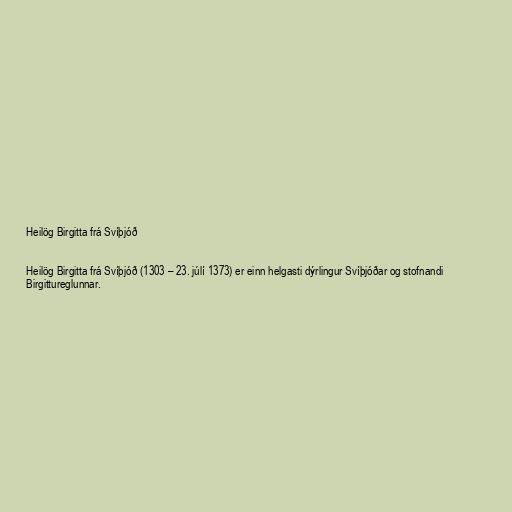
Heilög Birgitta frá Svíþjóð

Heilög Birgitta frá Svíþjóð (1303 – 23. júlí 1373) er einn helgasti dýrlingur Svíþjóðar og stofnandi
Birgittureglunnar.